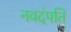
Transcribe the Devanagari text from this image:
नवदंपति